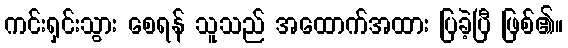
ကင်းရှင်းသွား စေရန် သူသည် အထောက်အထား ပြခဲ့ပြီ ဖြစ်၏။